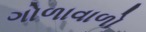
ગોળાવાળો